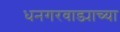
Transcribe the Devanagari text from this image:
धनगरवाड्याच्या